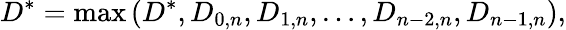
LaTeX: D^{*}=\operatorname*{max}\left(D^{*},D_{0,n},D_{1,n},\dots,D_{n-2,n},D_{n-1,n}\right),